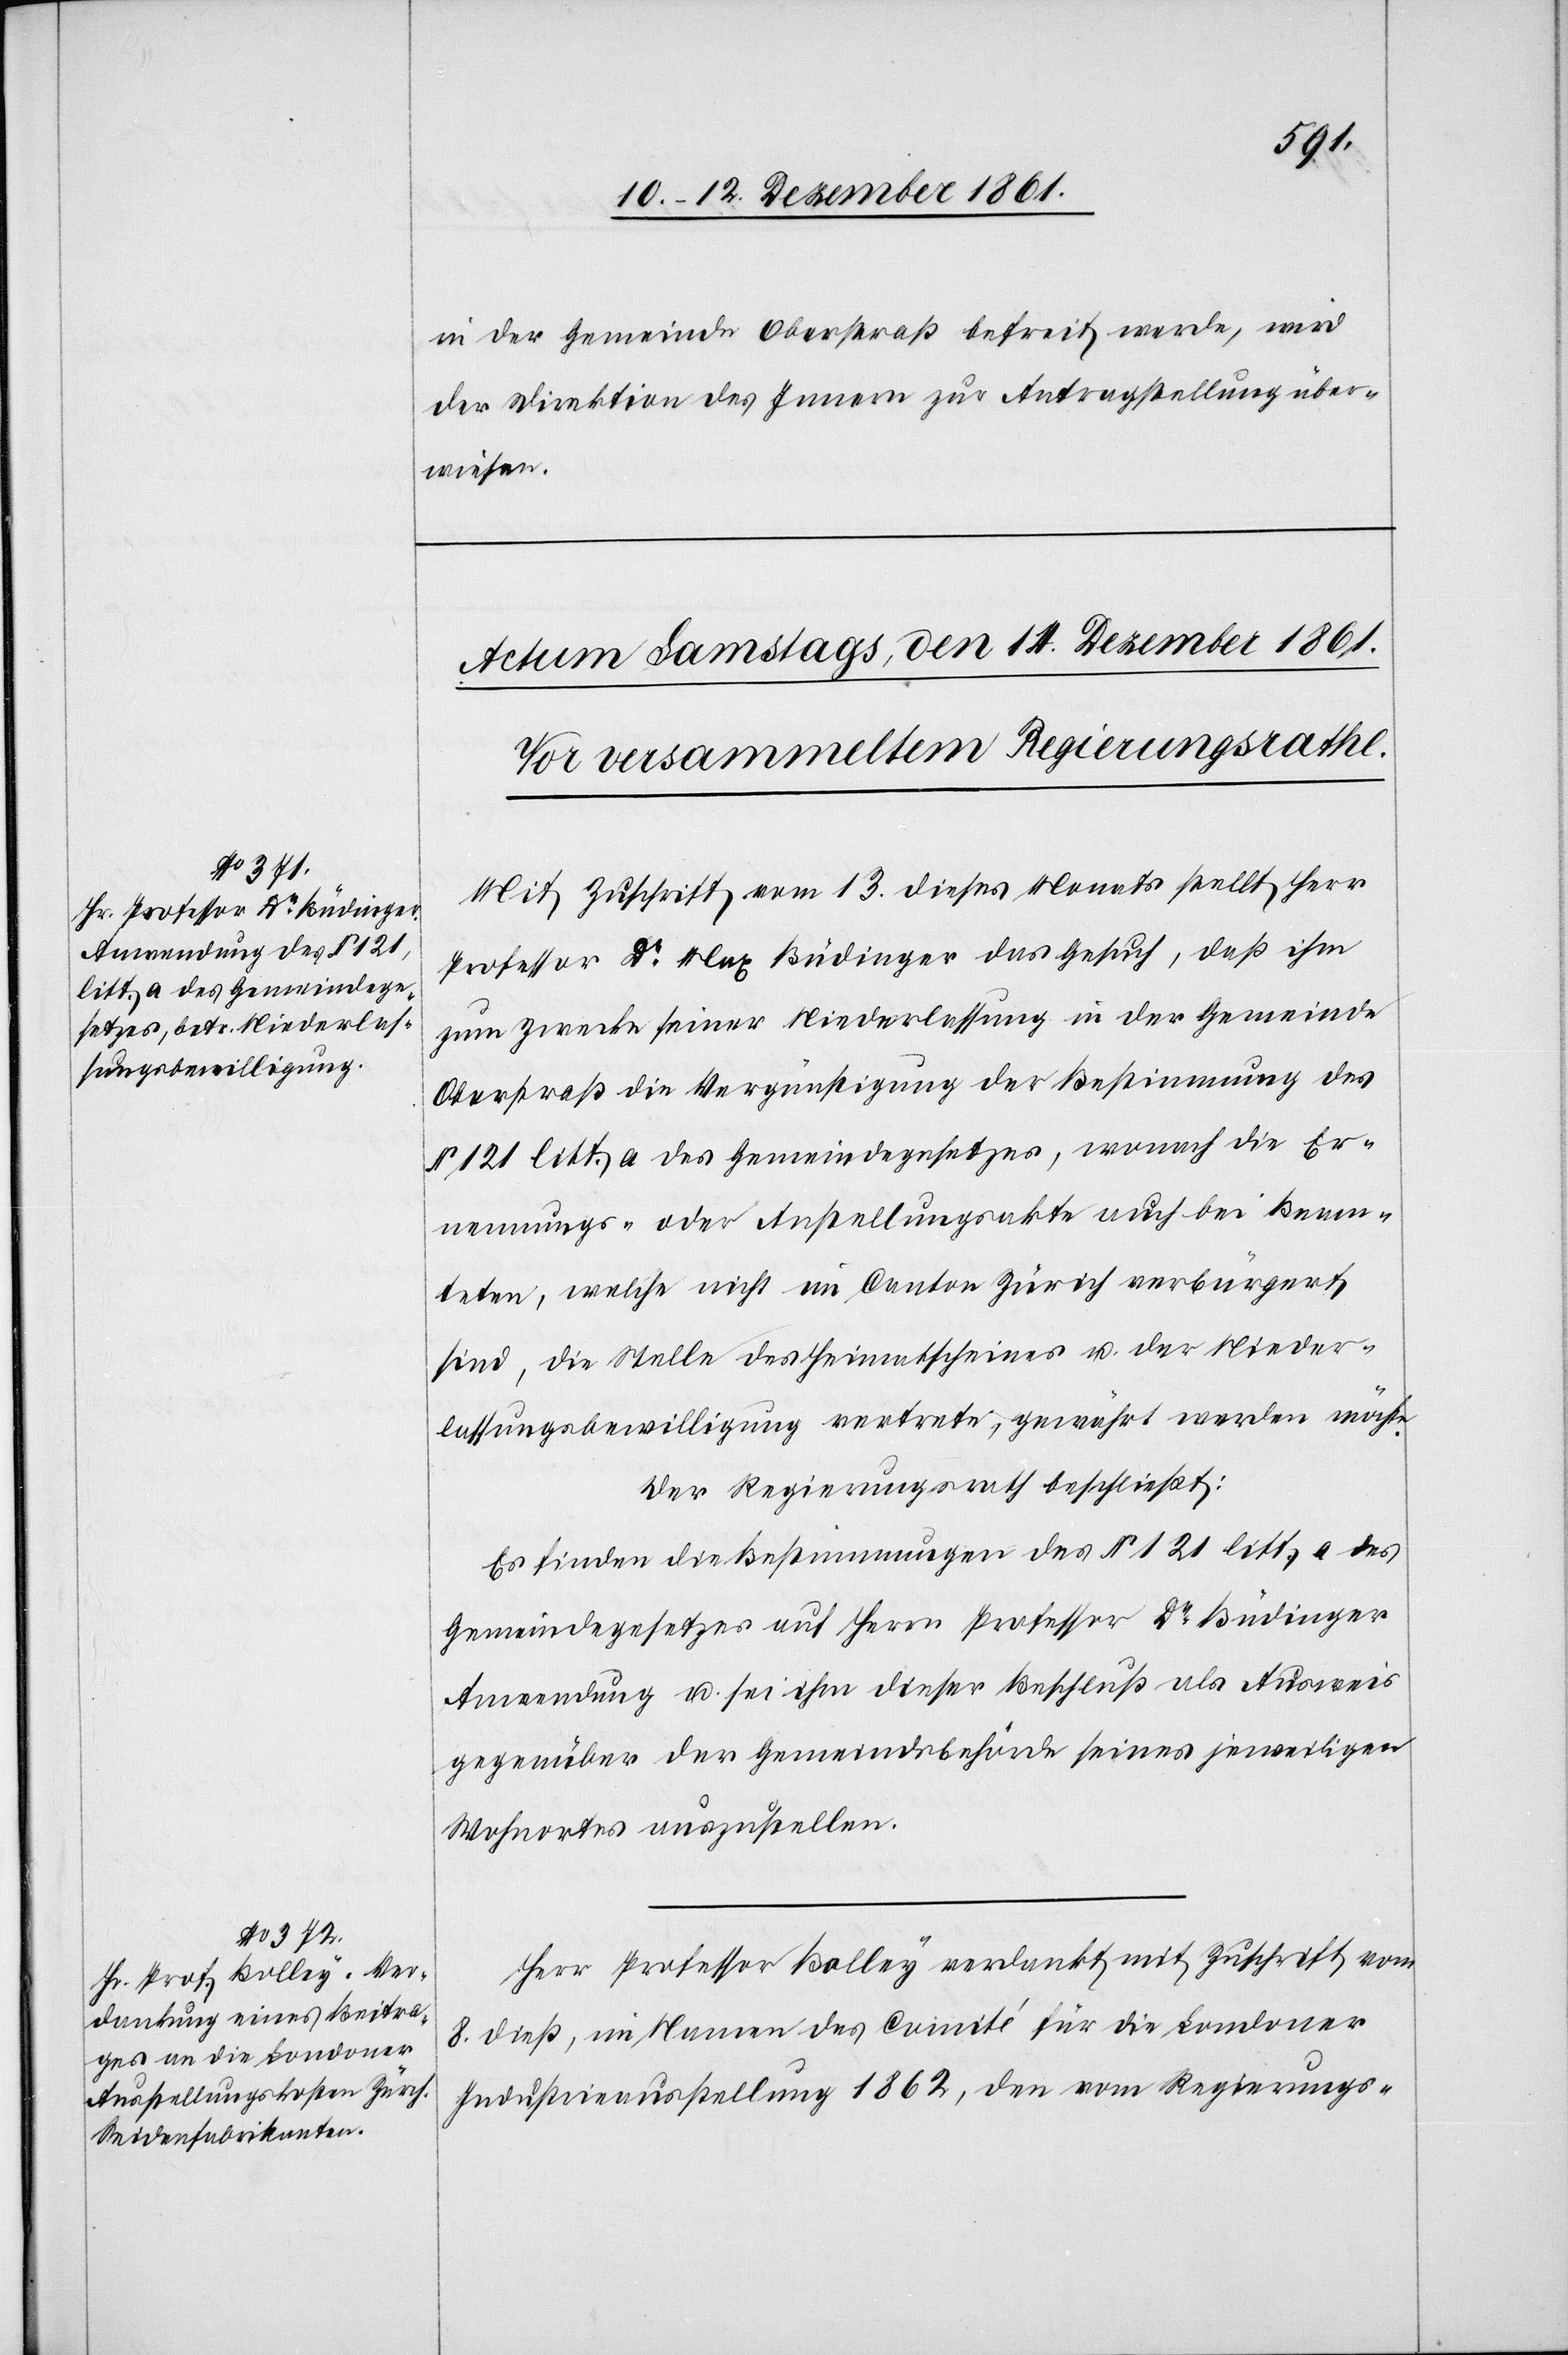
in der Gemeinde Oberstraß befreit werde, wird
der Direktion des Innern zur Antragstellung über¬
wiesen.
Mit Zuschrift vom 13 dieses Monats stellt Herr
Professor Dr Max Büdinger das Gesuch, daß ihm
zum Zwecke seiner Niederlassung in der Gemeinde
Oberstraß die Vergünstigung der Bestimmung des
§ 121 litt. a des Gemeindegesetzes, wonach die Er¬
nennungs- oder Anstellungsakte auch bei Beam¬
teten, die Stelle des Heimatscheines u. der Nieder¬
laßungsbewilligung vertrete, gewährt werden müsse.
Der Regierungsrath beschließt:
Es finden die Bestimmungen des § 121 litt. a des
Gemeindegesetzes auf Herrn Professor Dr Büdinger
Anwendung u. sei ihm dieser Beschluß als Ausweis
gegenüber der Gemeindebehörde seines jeweiligen
Wohnortes auszustellen.
Herr Professor Bolley verdankt mit Zuschrift vom
8 dieß, im Namen des Comité für die Londoner
Industrieausstellung 1862, den vom Regierungs-